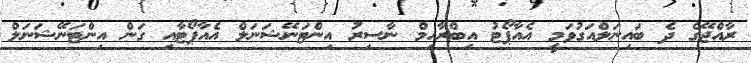
ރާއްޖޭގެ ދެ ބައިނަލްއަގުވަމީ އެއާޕޯޓު އިބްރާހިމް ނާސިރު އިންޓަނޭޝަނަލް އެއާޕޯޓާއި ގަން އިންޓަނޭޝަނަލް